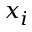
x _ { i }